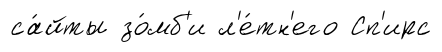
са́йты зо́мб'и л'е́тн'его Сп'ирс